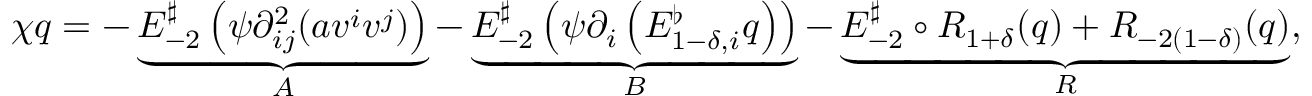
\chi q = - \underbrace { E _ { - 2 } ^ { \sharp } \left( \psi \partial _ { i j } ^ { 2 } ( a v ^ { i } v ^ { j } ) \right) } _ { A } - \underbrace { E _ { - 2 } ^ { \sharp } \left( \psi \partial _ { i } \left( E _ { 1 - \delta , i } ^ { \flat } q \right) \right) } _ { B } - \underbrace { E _ { - 2 } ^ { \sharp } \circ R _ { 1 + \delta } ( q ) + R _ { - 2 ( 1 - \delta ) } ( q ) } _ { R } ,